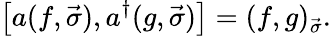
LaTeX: \left[a(f,\vec{\sigma}),a^{\dagger}(g,\vec{\sigma})\right]=(f,g)_{\vec{\sigma}}.